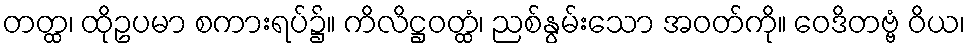
တတ္ထ၊ ထိုဥပမာ စကားရပ်၌။ ကိလိဋ္ဌဝတ္ထံ၊ ညစ်နွမ်းသော အဝတ်ကို။ ဝေဒိတဗ္ဗံ ဝိယ၊